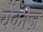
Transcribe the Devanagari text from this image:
येंकीज़